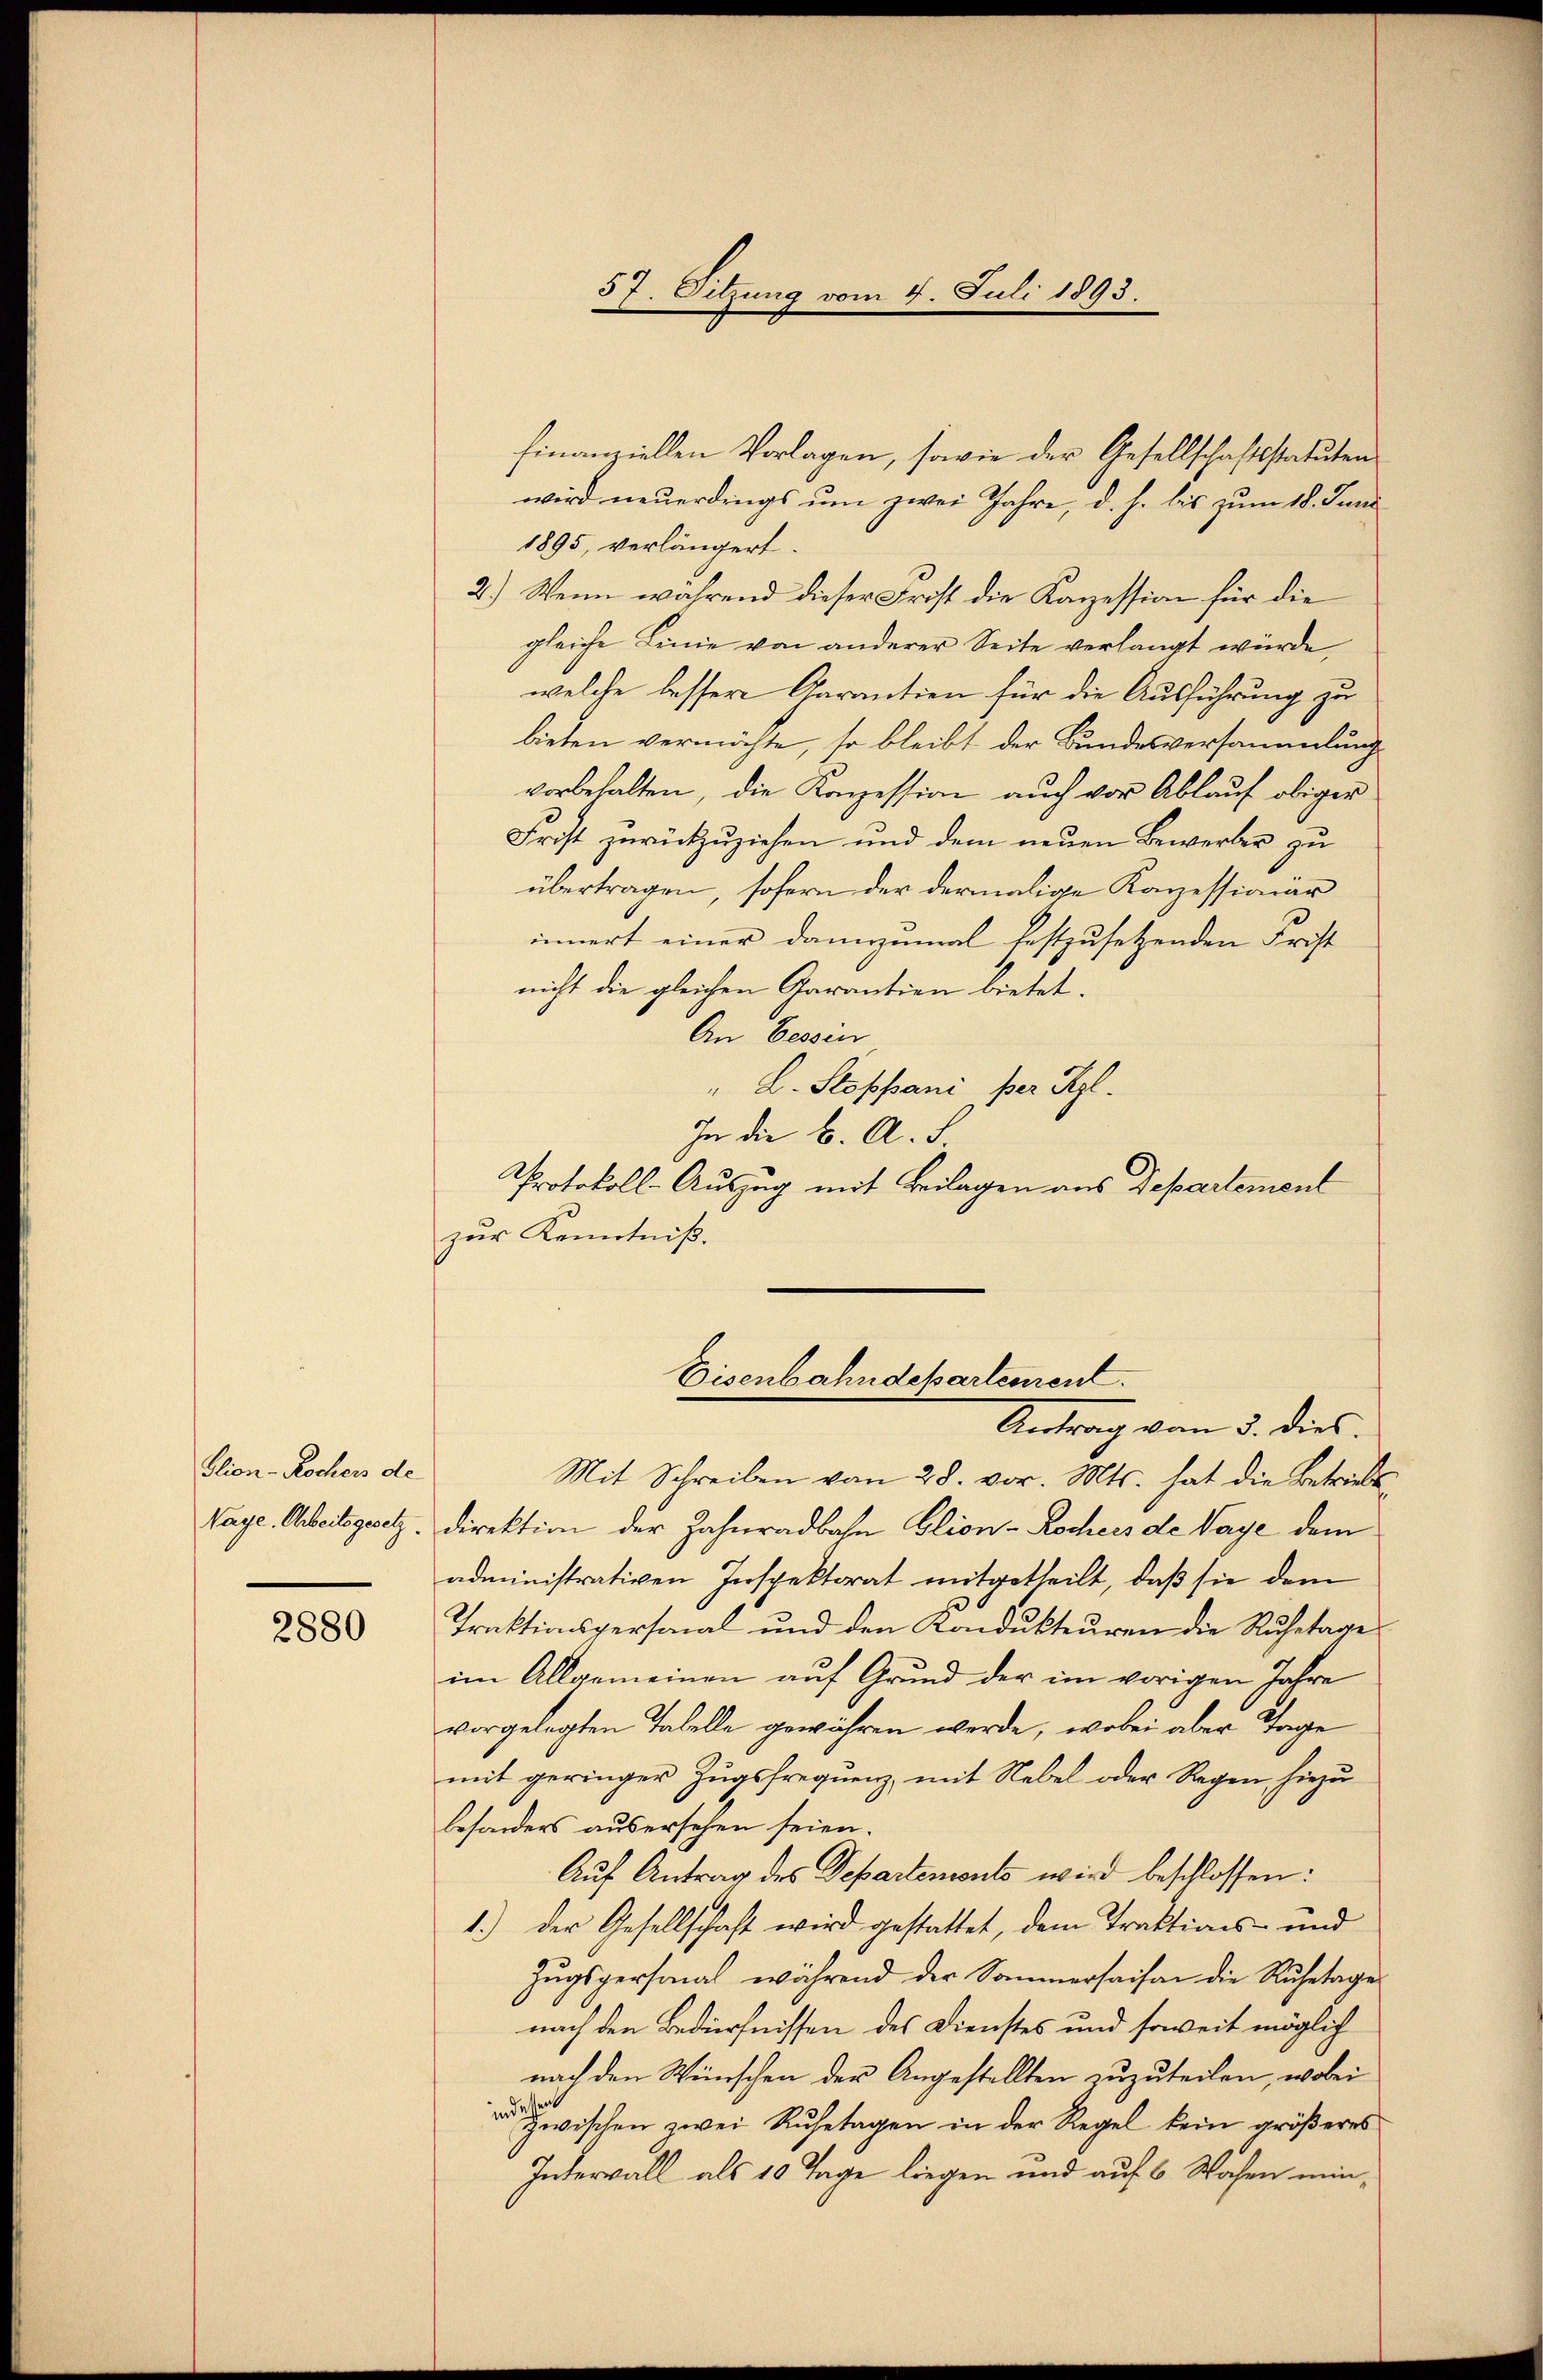
Glion-Rochens de
Naye, Arbeitsgesetz

2880

57. Sitzung vom 4. Juli 1893.

finanziellen Vorlagen, sowie der Gesellschaftsstatuten
wird neuerdings um zwei Jahre, d. h. bis zum 18. Juni
1895, verlängert.
2.) Wenn während dieser Frist die Kanzession für die
gleiche Linie von anderer Seite verlangt würde,
welche bessere Garantien für die Ausführung zu
lieben vermöchte, so bleibt der Bundesversammlung
vorbehalten, die Konzession auch vor Ablauf obiger
Frist zŭrückzuziehen und dem neuen Bewerber zu
übertragen, sofern der dermalige Kanzessionär
innert einer dannzumal festzusetzenden Frist
nicht die gleichen Garantien bietet.
An bessen
" L. Stoppani per Kgl.
In die B. A. S.
Protokoll-Auszug mit Beilagen aus Departement
zŭr Kenntniβ.
Eisenbahndepartement.
Antrag vom 3. dies
Mit Schreiben vom 28. vor. Mts. hat die Betriebs
direktion der Zahnradbahn Glion-Rochers de Vaye dem
administrativen Inspektorat mitgetheilt, daß sie dem
Traktionspersonal und den Kondukteuren die Ruhetage
im Allgemeinen auf Grund der im vorigen Jahre
vorgelegten Tabelle gewähren werde, wobei aber Tage
mit geringer Zugsfrequenz mit Nebel oder Regen, hiezu
besonders ausersehen seien.
Auf Antrag des Departenwuls wird beschlossen:
1.) Der Gesellschaft wird gestattet, dem Traktions- und
Zugspersonal während der Sommersaison die Ruhetage
nach den Bedürfnissen des Dienstes und soweit möglich
nach den Wünschen der Angestellten zuzuteilen, wobei
sent
 zwischen zwei Ruhetagen in der Regel kein größeres
Intervall als 10 Tage liegen und auf 6 Wochen min¬